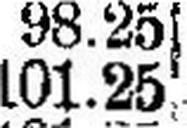
101.25